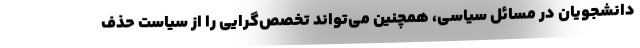
دانشجویان در مسائل سیاسی، همچنین می‌تواند تخصص‌گرایی را از سیاست حذف